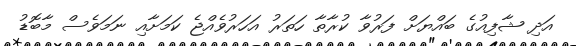
އަދި ޝާފިއުގެ ބައްޔަށް ފަރުވާ ކުރާތާ ހަތަރު އަަހަރުވެއްޖެ ކަމަށާއި ނަމަވެސް މާބޮޑު